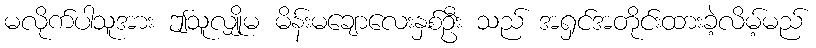
မလိုက်ပါသူအား ဤသူလျှိုမ မိန်းမချောလေးနှစ်ဦး သည် အရှင်အတိုင်းထားခဲ့လိမ့်မည်